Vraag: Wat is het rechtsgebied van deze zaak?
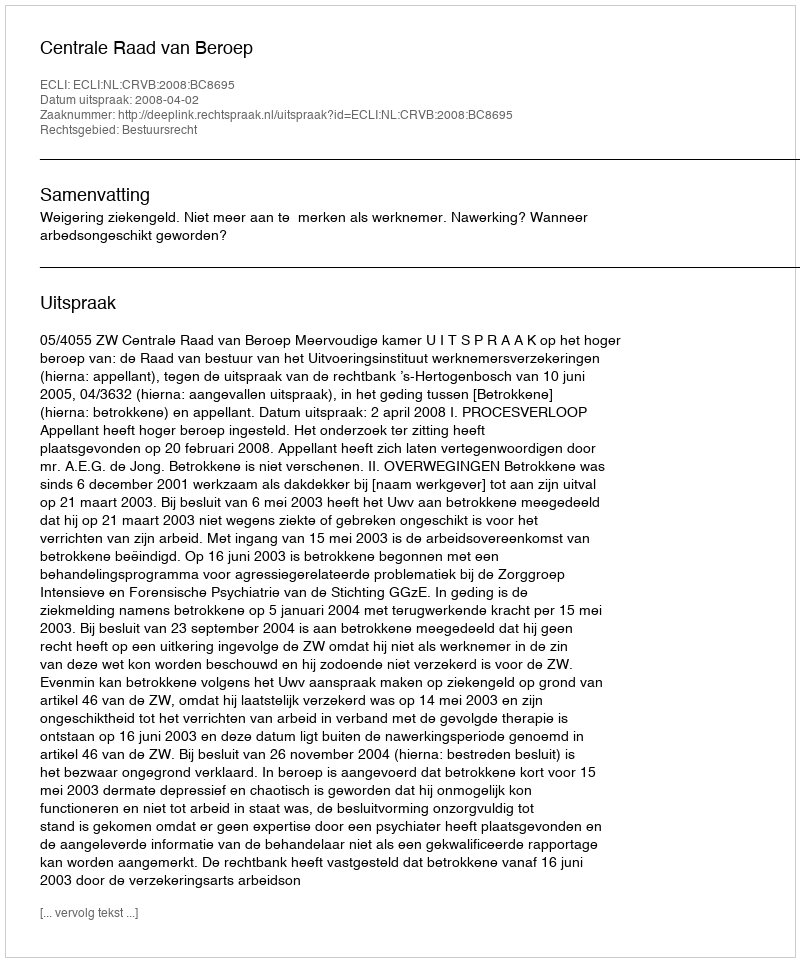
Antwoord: Bestuursrecht